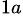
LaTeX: ^{1a}